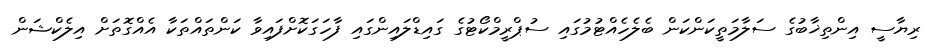
ރިޔާސީ އިންތިޚާބުގެ ސަލާމަތީކަންކަން ބެލެހެއްޓުމުގައި ސުޕްރީމްކޯޓުގެ ގައިޑްލައިންގައި ފާހަގަކޮށްފައިވާ ކަންތައްތަކާ އެއްގޮތަށް އިލެކްޝަން